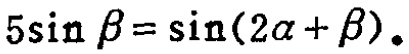
\(5\sin \beta =\sin(2\alpha +\beta )\)